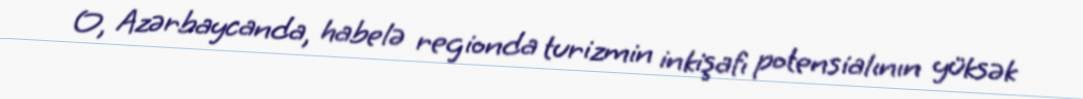
O, Azərbaycanda, habelə regionda turizmin inkişafı potensialının yüksək